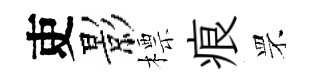
吏影標痕罘